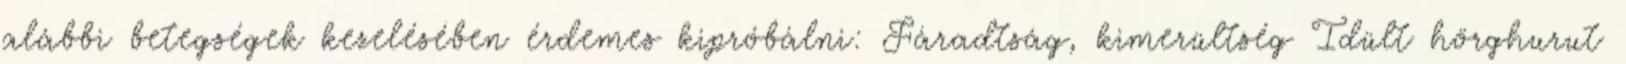
alábbi betegségek kezelésében érdemes kipróbálni: Fáradtság, kimerültség Idült hörghurut